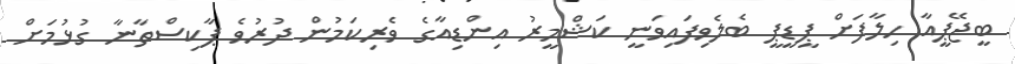
ބީޖޭޕީއާ ހިލާފަށް ޕީޑީޕީ ބެލެވިފައިވަނީ ކަޝްމީރު އިންޑިއާގެ ވެރިކަމުން ދުރުވެ ޕާކިސްތާނާ ގުޅުމަށް